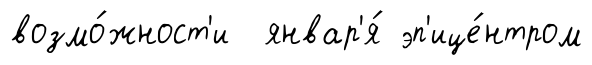
возмо́жност'и январ'я́ эп'ице́нтром